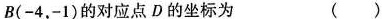
B(-4，-1)的对应点D的坐标为 （ ）